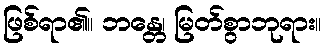
ဖြစ်ရာ၏။ ဘန္တေ၊ မြတ်စွာဘုရား။